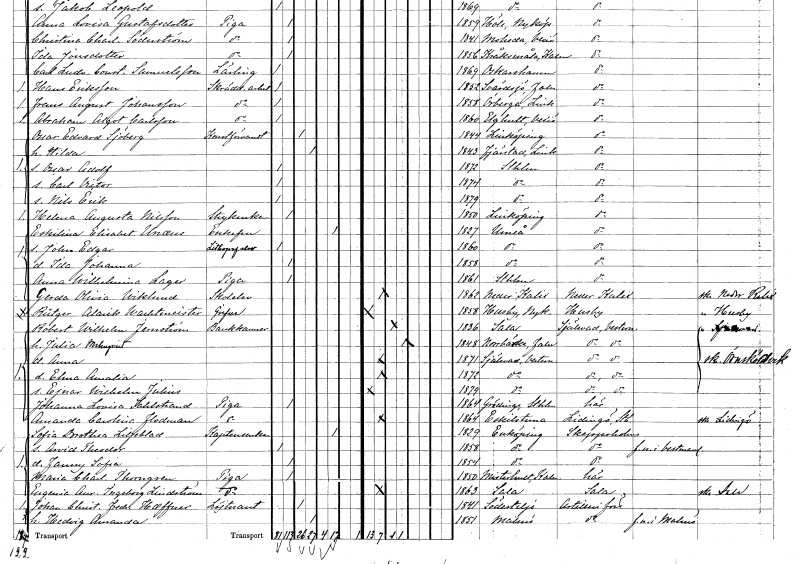
gt_parse: households: individuals: FN: Oscar Edvard
EN: Sjöberg
YRKE: Konstförvandt
KON: M
CIV: G
FODAR: 1844
FODFORS: Linköping Östergötlands län
FN: Hilda
KON: K
CIV: G
FODAR: 1843
FODFORS: Tjärstad Östergötlands län
FN: Oscar Adolf
KON: M
CIV: O
FODAR: 1872
FODFORS: Stockholm
FN: Carl Victor
KON: M
CIV: O
FODAR: 1874
FODFORS: Stockholm
FN: Nils Erik
KON: M
CIV: O
FODAR: 1879
FODFORS: Stockholm
FN: Helena Augusta
EN: Nilsson
YRKE: Strykerska
KON: K
CIV: O
FODAR: 1850
FODFORS: Linköping Östergötlands län
FN: Eskilina Elisabet
EN: Unaeus
KON: K
CIV: E
FODAR: 1827
FODFORS: Umeå Västerbottens län
FN: John Edgar
YRKE: Litografelev
KON: M
CIV: O
FODAR: 1860
FODFORS: Umeå Västerbottens län
FN: Ida Johanna
KON: K
CIV: O
FODAR: 1858
FODFORS: Umeå Västerbottens län
FN: Anna Wilhelmina
EN: Lager
YRKE: Piga
KON: K
CIV: O
FODAR: 1861
FODFORS: Stockholm
FN: Gerda Olivia
EN: Wiklund
YRKE: Skolelev
KON: K
CIV: O
FODAR: 1862
FODFORS: Nederkalix Norrbottens län
FN: Rütger Alarik
EN: Wachtmeister
KON: M
CIV: O
FODAR: 1858
FODFORS: Husby-Oppunda Södermanlands län
FN: Robert Wilhelm
EN: Fernström
YRKE: Bankkamrer
KON: M
CIV: G
FODAR: 1836
FODFORS: Sala Västmanlands län
FN: Julia
EN: Malmqvist
KON: K
CIV: G
FODAR: 1848
FODFORS: Norrbärke Kopparbergs län
FN: Anna
KON: K
CIV: O
FODAR: 1871
FODFORS: Själevad Västernorrlands län
FN: Elma Amalia
KON: K
CIV: O
FODAR: 1872
FODFORS: Själevad Västernorrlands län
FN: Ejnar Wilhelm Julius
KON: M
CIV: O
FODAR: 1879
FODFORS: Själevad Västernorrlands län
FN: Johanna Lovisa
EN: Sahlstrand
YRKE: Piga
KON: K
CIV: O
FODAR: 1864
FODFORS: Grödinge Stockholms län
FN: Amanda Carolina
EN: Flodman
YRKE: Piga
KON: K
CIV: O
FODAR: 1864
FODFORS: Eskilstuna Södermanlands län
FN: Sofia Dorothea
EN: Liljeblad
YRKE: Kaptensänka
KON: K
CIV: E
FODAR: 1829
FODFORS: Enköping Uppsala län
FN: Arvid Theodor
KON: M
CIV: O
FODAR: 1858
FODFORS: Enköping Uppsala län
FN: Fanny Sofia
KON: K
CIV: O
FODAR: 1854
FODFORS: Enköping Uppsala län
FN: Maria Charlotta
EN: Thorngren
YRKE: Piga
KON: K
CIV: O
FODAR: 1850
FODFORS: Misterhult Kalmar län
FN: Eugenia Aurora Ingeborg
EN: Lindström
YRKE: Piga
KON: K
CIV: O
FODAR: 1863
FODFORS: Sala Västmanlands län
FN: Johan Christian Fredrik
EN: Haeffner
YRKE: Löjtnant
KON: M
CIV: G
FODAR: 1841
FODFORS: Södertälje Stockholms län
FN: Hedvig Amanda
KON: K
CIV: G
FODAR: 1851
FODFORS: Malmö Malmöhus län